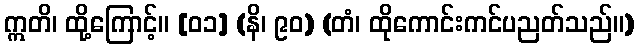
ဣတိ၊ ထို့ကြောင့်။ [၀၁] (နိ၊ ၉၀) (တံ၊ ထိုကောင်းကင်ပညတ်သည်။)